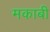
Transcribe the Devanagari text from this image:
मकाबी